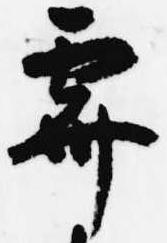
霽